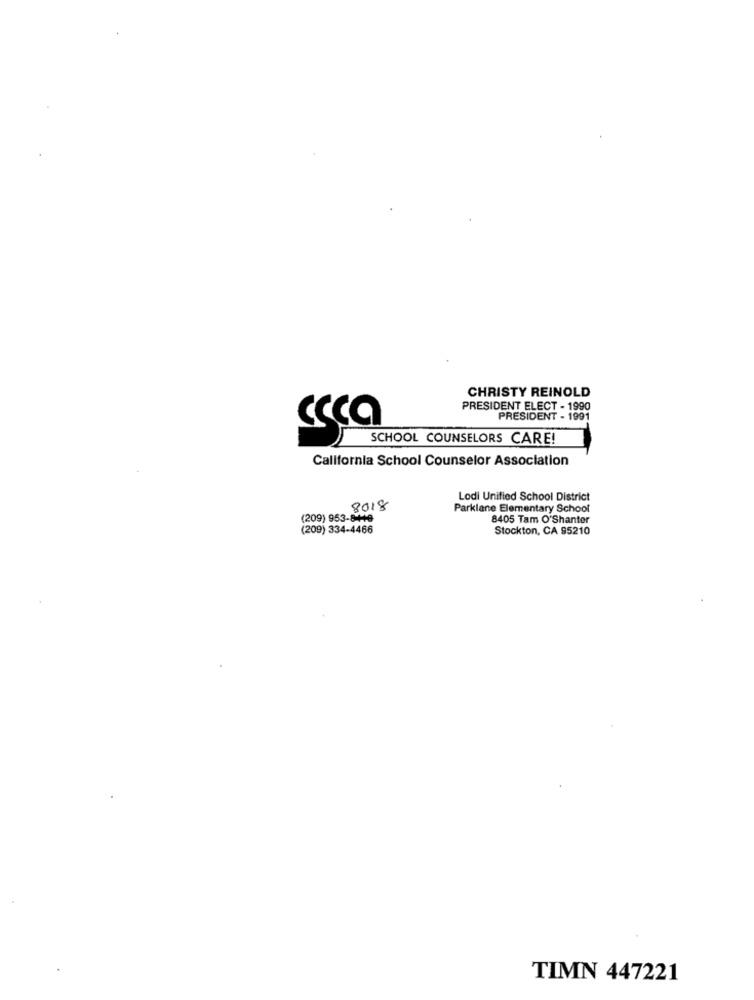
CHRISTY REINOLD
PRESIDENT ELECT - 1990
PRESIDENT - 1991
ccca
SCHOOL COUNSELORS CARE!
California School Counselor Association
Lodi Unified School District
8018
Parklane Elementary School
(209) 953-8-119
8405 Tam O'Shanter
(209) 334-4466
Stockton, CA 95210
TIMN 447221